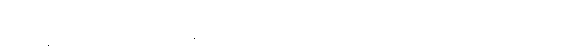
ဒေါ်သစ္စဝါဒီကို ၇၆ ရက်အကြာမှာ ထောင်က ပြန်လွှတ်ပေးပြီး သီရိလင်္ကာသွားတဲ့ လေယာဉ်ပေါ်မှာ